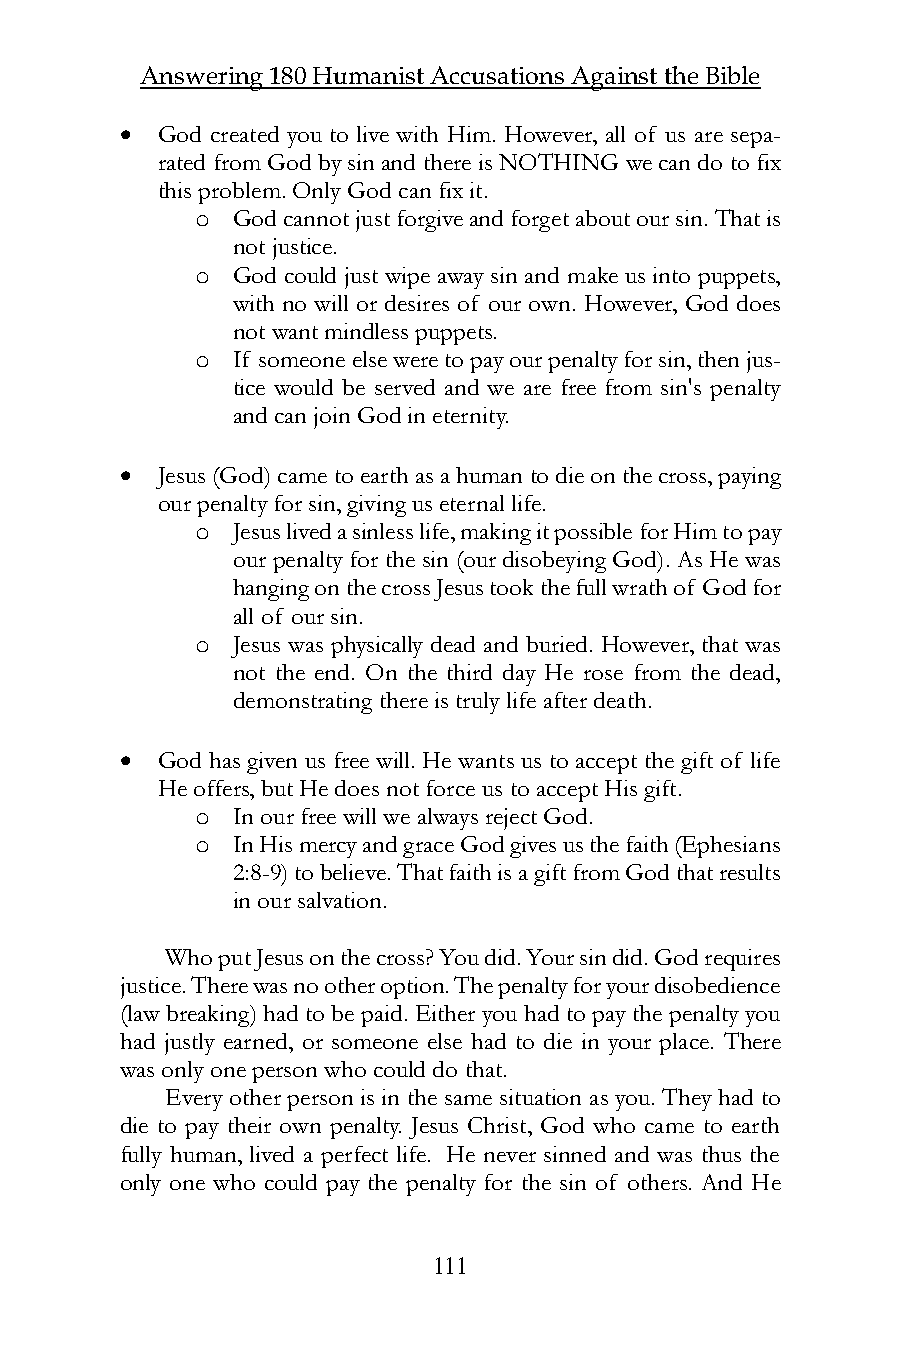
Answering 180 Humanist Accusations Against the Bible
  God created you to live with Him. However, all of us are sepa-
 rated from God by sin and there is NOTHING we can do to fix
 this problem. Only God can fix it.
 o God cannot just forgive and forget about our sin. That is
 not justice.
 o God could just wipe away sin and make us into puppets,
 with no will or desires of our own. However, God does
 not want mindless puppets.
 o If someone else were to pay our penalty for sin, then jus-
 tice would be served and we are free from sin's penalty
 and can join God in eternity.
  Jesus (God) came to earth as a human to die on the cross, paying
 our penalty for sin, giving us eternal life.
 o Jesus lived a sinless life, making it possible for Him to pay
 our penalty for the sin (our disobeying God). As He was
 hanging on the cross Jesus took the full wrath of God for
 all of our sin.
 o Jesus was physically dead and buried. However, that was
 not the end. On the third day He rose from the dead,
 demonstrating there is truly life after death.
  God has given us free will. He wants us to accept the gift of life
 He offers, but He does not force us to accept His gift.
 o In our free will we always reject God.
 o In His mercy and grace God gives us the faith (Ephesians
 2:8-9) to believe. That faith is a gift from God that results
 in our salvation.
 Who put Jesus on the cross? You did. Your sin did. God requires
 justice. There was no other option. The penalty for your disobedience
 (law breaking) had to be paid. Either you had to pay the penalty you
 had justly earned, or someone else had to die in your place. There
 was only one person who could do that.
 Every other person is in the same situation as you. They had to
 die to pay their own penalty. Jesus Christ, God who came to earth
 fully human, lived a perfect life. He never sinned and was thus the
 only one who could pay the penalty for the sin of others. And He
 111